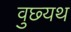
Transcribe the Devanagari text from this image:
वुछ्यथ